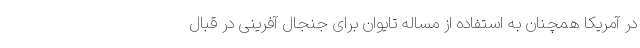
در آمریکا همچنان به استفاده از مساله تایوان برای جنجال آفرینی در قبال